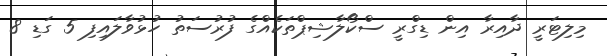
މިލިޓަރީ ދާއިރާ އިން ޑިގްރީ ސްކޯލާޝިޕްތަކެއްގެ ފުރުސަތު ހުޅުވާލައިފި 5 ގަޑި 8